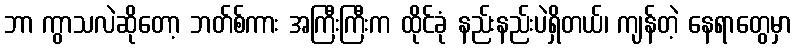
ဘာ ကွာသလဲဆိုတော့ ဘတ်စ်ကား အကြီးကြီးက ထိုင်ခုံ နည်းနည်းပဲရှိတယ်၊ ကျန်တဲ့ နေရာတွေမှာ